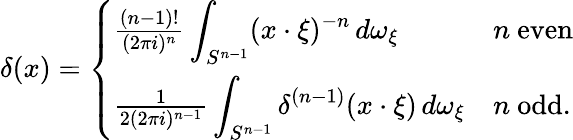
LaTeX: \delta(x)={\left\{ \begin{array}{ll}{{\frac{(n-1)!}{(2\pi i)^{n}}}\displaystyle\int_{S^{n-1}}(x\cdot\xi)^{-n}\, d\omega_{\xi}}&{n{\mathrm{~even}}}\\ {{\frac{1}{2(2\pi i)^{n-1}}}\displaystyle\int_{S^{n-1}}\delta^{(n-1)}(x\cdot\xi)\, d\omega_{\xi}}&{n{\mathrm{~odd}}.}\end{array}\right.}